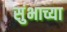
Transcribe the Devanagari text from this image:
सुंभाच्या